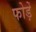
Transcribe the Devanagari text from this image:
फोड़ें